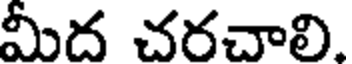
మీద చరచాలి.